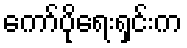
ကော်ပိုရေးရှင်းက